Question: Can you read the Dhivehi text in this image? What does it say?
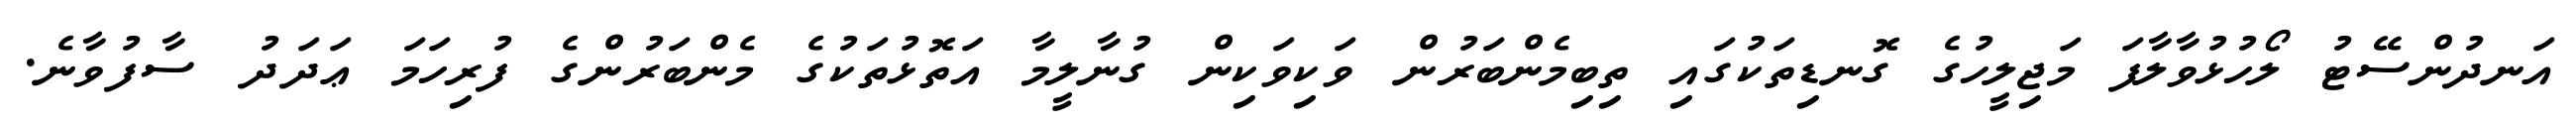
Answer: އަނދުންސޭޓު ލޯހުޅުވާލާފަ މަޖިލީހުގެ ގޮނޑިތަކުގައި ތިބިމެންބަރުން ވަކިވަކިން ގުނާލީމާ އަތޮޅުތަކުގެ މެންބަރުންގެ ފުރިހަމަ ޢަދަދު ސާފުވާނެ.